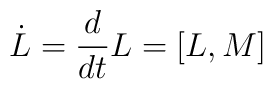
\dot L={d\over{dt}}L=[L,M]